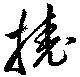
撓